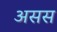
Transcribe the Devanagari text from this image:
असस